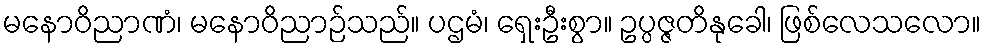
မနောဝိညာဏံ၊ မနောဝိညာဉ်သည်။ ပဌမံ၊ ရှေးဦးစွာ။ ဥပ္ပဇ္ဇတိနုခေါ၊ ဖြစ်လေသလော။